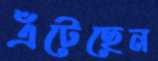
এঁটেছেন